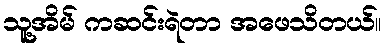
သူ့အိမ် ကဆင်းရဲတာ အဖေသိတယ်။